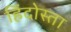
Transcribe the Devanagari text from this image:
हिंदोस्ता